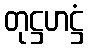
တုဋ္ဌဟဋ္ဌံ